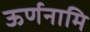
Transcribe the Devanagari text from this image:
ऊर्णनामि